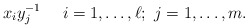
\begin{align*}x_i y^{-1}_j \ \ \ \ i = 1, \ldots , \ell; \ j = 1,\ldots , m.\end{align*}